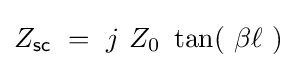
Z_{\mathsf {sc}}~=~j\ Z_{0}\ \tan(\ \beta \ell \ )~